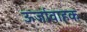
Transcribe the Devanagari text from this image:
ऊर्जावाहक